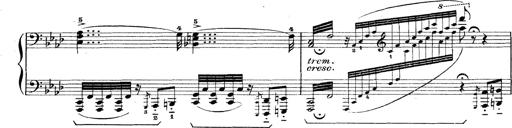
Title: Rapsodie: 19 ungheresi, 1 spagnuola
Composer: Franz Liszt